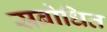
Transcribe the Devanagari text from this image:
सबोधित